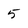
Character: 5